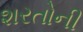
શરતોની